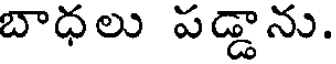
బాధలు పడ్డాను.